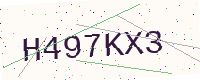
Text: H497KX3